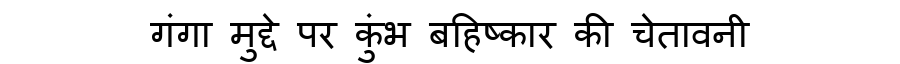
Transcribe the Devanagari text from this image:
गंगा मुद्दे पर कुंभ बहिष्कार की चेतावनी